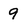
Character: 9